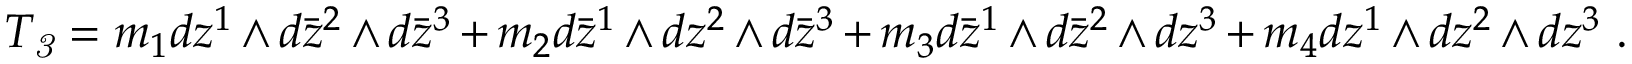
T _ { \it 3 } = m _ { 1 } d z ^ { 1 } \wedge d \bar { z } ^ { 2 } \wedge d \bar { z } ^ { 3 } + m _ { 2 } d \bar { z } ^ { 1 } \wedge d z ^ { 2 } \wedge d \bar { z } ^ { 3 } + m _ { 3 } d \bar { z } ^ { 1 } \wedge d \bar { z } ^ { 2 } \wedge d z ^ { 3 } + m _ { 4 } d z ^ { 1 } \wedge d z ^ { 2 } \wedge d z ^ { 3 } \ .